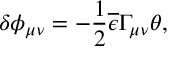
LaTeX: \delta \phi _ { \mu \nu } = - \frac { 1 } { 2 } \overline { { { \epsilon } } } \Gamma _ { \mu \nu } \theta ,